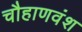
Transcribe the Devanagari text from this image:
चौहाणवंश